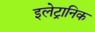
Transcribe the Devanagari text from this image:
इलेट्रानिक